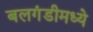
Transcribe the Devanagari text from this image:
बलगंडीमध्ये